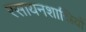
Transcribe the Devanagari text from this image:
रसायनशास्रियों